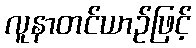
လူနာတင်ယာဉ်ဖြင့်